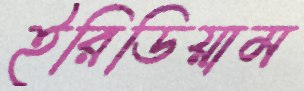
ইরিডিয়াম